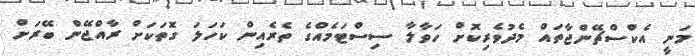
މަނީ އެކްސްޗޭންޖާތައް މެދުވެރިކޮށް ހަވާލާ ސިސްޓަމެއްގެ ތެރެއިން ކަހަލަ ގޮތަކަށް ރާއްޖޭން ބޭރަށް